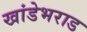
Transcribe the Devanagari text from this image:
खांडेभराड